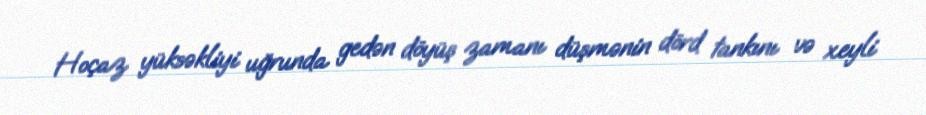
Hoçaz yüksəkliyi uğrunda gedən döyüş zamanı düşmənin dörd tankını və xeyli